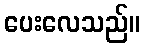
ပေးလေသည်။